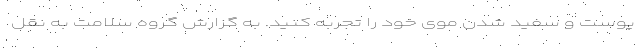
پوست و سفید شدن موی خود را تجربه کنید. به گزارش گروه سلامت به نقل